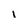
Character: I